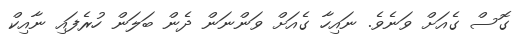
ގޮސް ގެއަށް ވަނެވެ. ނައިހާ ގެއަށް ވަންނަން ދެން ބަލަން ހުރެފައި ނާއިކް